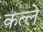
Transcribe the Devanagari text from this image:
क़त्ले